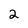
Character: 2